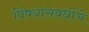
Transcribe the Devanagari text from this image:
विषयांसंबधींचे